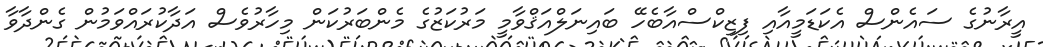
އީރާނުގެ ސައެންސް އެކަޑަމީއާއި ފިޒިކްސްއާބެހޭ ބައިނަލްއަޤްވާމީ މަރުކަޒުގެ މެންބަރުކަން މިހާރުވެސް އަދާކުރައްވަމުން ގެންދާވާ